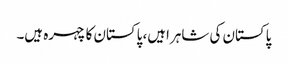
پاکستان کی شاہراہیں، پاکستان کا چہرہ ہیں۔